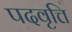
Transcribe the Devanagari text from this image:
पदवृत्ति